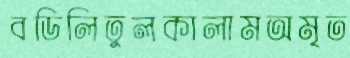
বডিলিতুলকালামঅমৃত